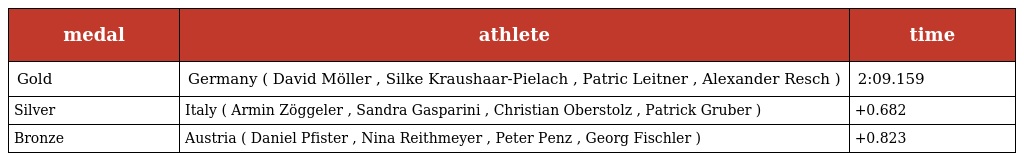
| medal | athlete | time |
 | --- | --- | --- |
 | Gold | Germany ( David Möller , Silke Kraushaar-Pielach , Patric Leitner , Alexander Resch ) | 2:09.159 |
 | Silver | Italy ( Armin Zöggeler , Sandra Gasparini , Christian Oberstolz , Patrick Gruber ) | +0.682 |
 | Bronze | Austria ( Daniel Pfister , Nina Reithmeyer , Peter Penz , Georg Fischler ) | +0.823 |